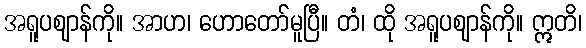
အရူပဈာန်ကို။ အာဟ၊ ဟောတော်မူပြီ။ တံ၊ ထို အရူပဈာန်ကို။ ဣတိ၊